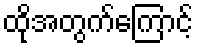
ထိုအတွက်ကြောင့်